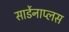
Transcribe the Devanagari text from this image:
सार्डेनाप्लस